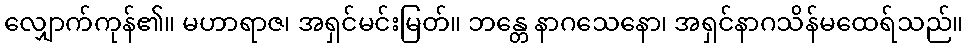
လျှောက်ကုန်၏။ မဟာရာဇ၊ အရှင်မင်းမြတ်။ ဘန္တေ နာဂသေနော၊ အရှင်နာဂသိန်မထေရ်သည်။